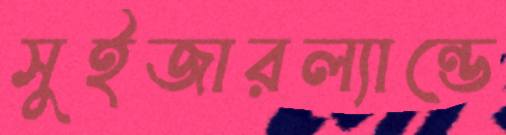
সুইজারল্যান্ডে